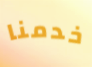
خدمنا